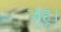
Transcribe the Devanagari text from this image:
जूहू।